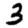
Digit: 3